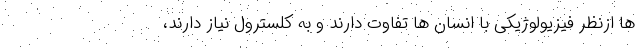
ها ازنظر فیزیولوژیکی با انسان ها تفاوت دارند و به کلسترول نیاز دارند،